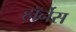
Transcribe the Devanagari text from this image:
हॉर्नेस